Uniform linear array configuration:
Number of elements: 64
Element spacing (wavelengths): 0.5
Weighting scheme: binomial
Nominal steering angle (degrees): -30
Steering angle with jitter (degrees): -31.938
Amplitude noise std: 0.05
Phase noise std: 0.05

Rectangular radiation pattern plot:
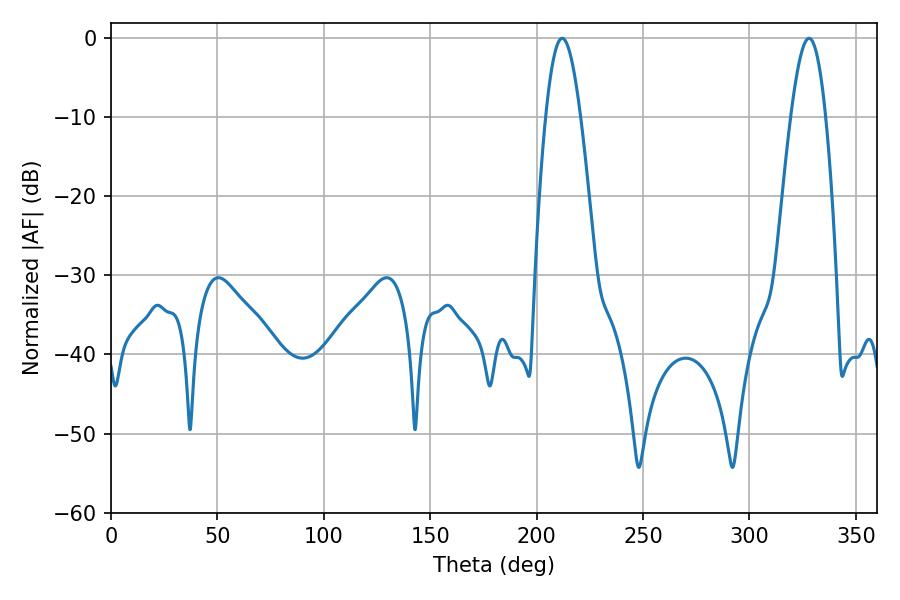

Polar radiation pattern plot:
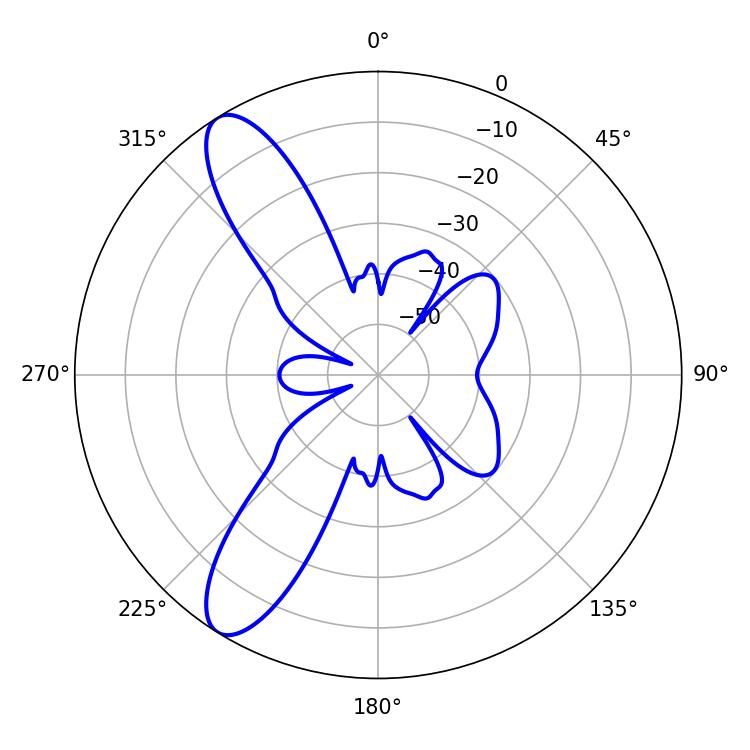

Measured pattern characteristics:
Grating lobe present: FALSE
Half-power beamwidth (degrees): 8.82
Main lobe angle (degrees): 212.04